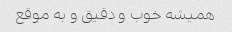
همیشه خوب و دقیق و به موقع